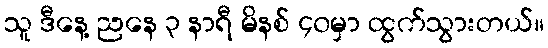
သူ ဒီနေ့ ညနေ ၃ နာရီ မိနစ် ၄၀မှာ ထွက်သွားတယ်။